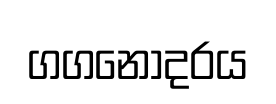
ගගනොදරය